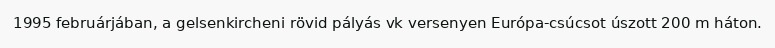
1995 februárjában, a gelsenkircheni rövid pályás vk versenyen Európa-csúcsot úszott 200 m háton.